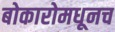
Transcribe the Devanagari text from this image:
बोकारोमधूनच